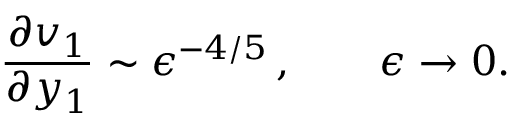
\frac { \partial v _ { 1 } } { \partial y _ { 1 } } \sim \epsilon ^ { - 4 / 5 } \, , \qquad \epsilon \to 0 .